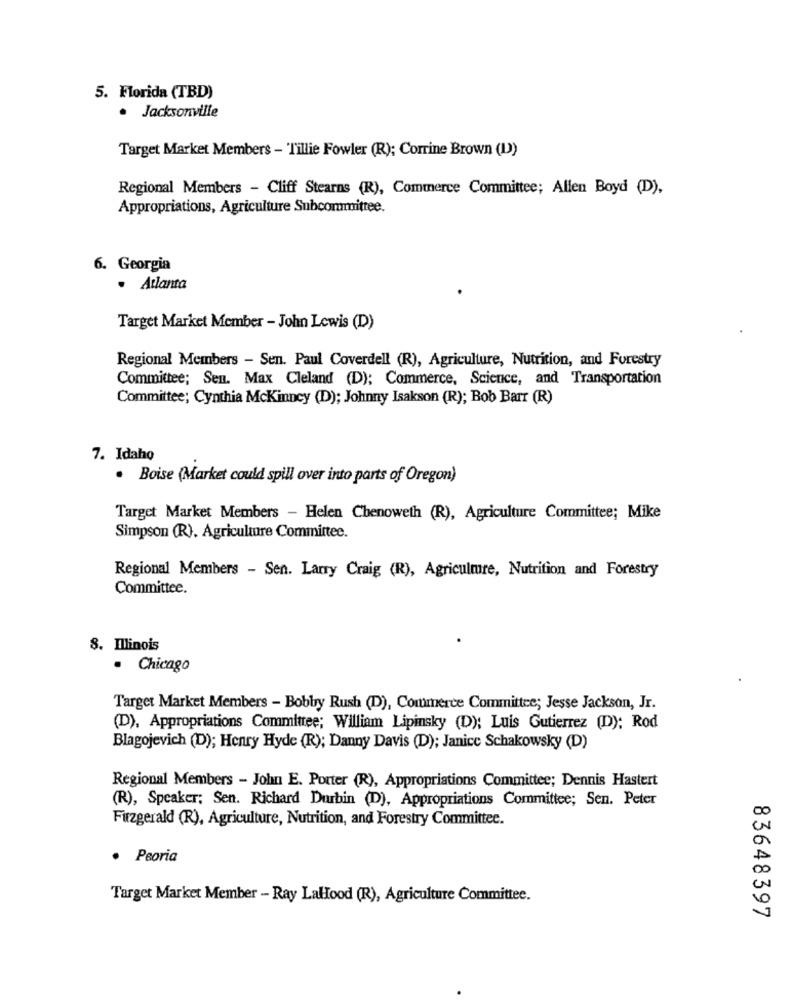
5. Florida (TBD)
· Jacksonville
Target Market Members - Tillie Fowler (R); Corrine Brown (I)
Regional Members - Cliff Stearns (R), Commerce Committee; Allen Boyd (D),
Appropriations, Agriculture Subcommittee.
6. Georgia
· Atlanta
Target Market Member - John Lewis (D)
Regional Members - Sen. Paul Coverdell (R), Agriculture, Nutrition, and Forestry
Committee; Sen. Max Cleland (D); Commerce, Science, and Transportation
Committee; Cynthia Mckinney (D); Johnny Isakson (R); Bob Barr (R)
7. Idaho
· Boise (Market could spill over into parts of Oregon)
Target Market Members - Helen Chenoweth (R), Agriculture Committee; Mike
Simpson (R). Agriculture Committee.
Regional Members - Sen. Larry Craig (R), Agriculmre, Nutrition and Forestry
Committee.
8. Illinois
· Chicago
Target Market Members - Bobby Rush (D), Commerce Committee; Jesse Jackson, Jr.
(D), Appropriations Committee; William Lipinsky (D); Luis Gutierrez (D); Rod
Blagojevich (D); Henry Hyde (R); Danny Davis (D); Janice Schakowsky (D)
Regional Members - John E. Porter (R), Appropriations Committee; Dennis Hastert
(R), Speaker: Sen. Richard Durbin (D), Appropriations Committee; Sen. Peter
Fitzgerald (R), Agriculture, Nutrition, and Forestry Committee.
· Peoria
Target Market Member - Ray LaHood (R), Agriculture Committee.
83648397